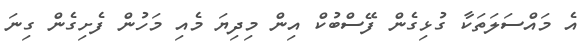
އެ މައްސަލަތަކާ ގުޅިގެން ފޭސްބުކް އިން މިދިޔަ މެއި މަހުން ފެށިގެން ގިނަ